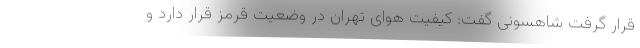
قرار گرفت شاهسونی گفت: کیفیت هوای تهران در وضعیت قرمز قرار دارد و